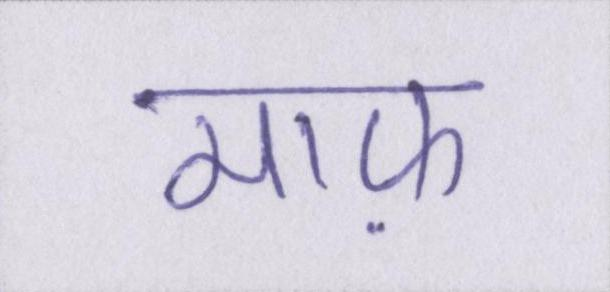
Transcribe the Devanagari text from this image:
माफ़